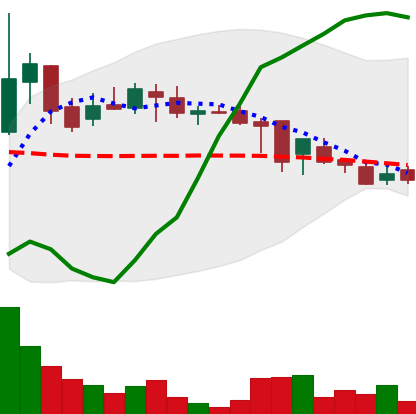
Ticker: DOGE-USD
Chart end date: 2018-08-06
Forward return: -13.494%
Label: down_7plus